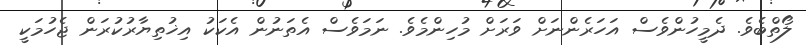
ލޯތްބެވެ. ދެމީހުންވެސް އަހަރެންނަށް ވަރަށް މުހިންމެވެ. ނަމަވެސް އެތަނުން އެކަކު އިޚުތިޔާރުކުރަން ޖެހުމަކީ